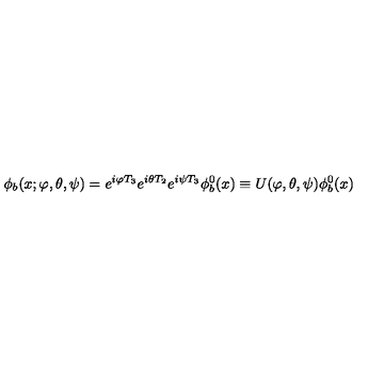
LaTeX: \phi _ { b } ( x ; \varphi , \theta , \psi ) = e ^ { i \varphi T _ { 3 } } e ^ { i \theta T _ { 2 } } e ^ { i \psi T _ { 3 } } \phi _ { b } ^ { 0 } ( x ) \equiv U ( \varphi , \theta , \psi ) \phi _ { b } ^ { 0 } ( x )